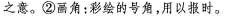
之意。②画角：彩绘的号角，用以报时。